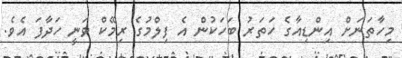
މިހާތަނަށް އިންޑިއާގެ ހަތަރު ބަހަކުން އެ ފިލްމުގެ ރިމޭކް ވަނީ ހަދާފަ އެވެ.